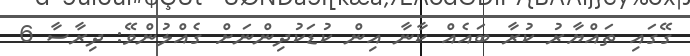
ގޭގައި ތައްޔާރު ކުރާ ބައެއް ކާނާ އިން ކުޑަކުދިންނަށް ގެއްލުންވޭ: ދިރާސާ 6